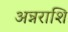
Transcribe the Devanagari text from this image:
अन्नराशि